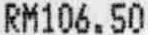
RM106.50